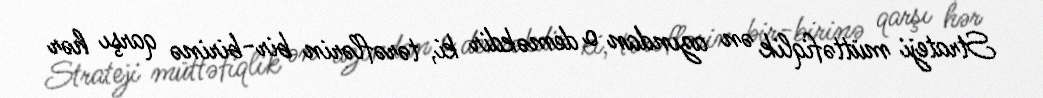
Strateji müttəfiqlik ən azından o deməkdir ki, tərəflərin bir-birinə qarşı hər